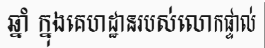
ឆ្នាំ ក្នុងគេហដ្ឋានរបស់លោកផ្ទាល់